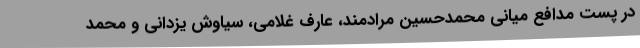
در پست مدافع میانی محمدحسین مرادمند، عارف غلامی، سیاوش یزدانی و محمد